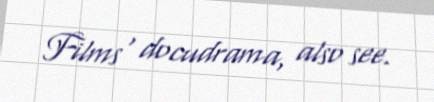
Films' docudrama, also see.